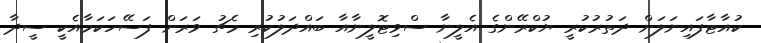
ކުއާޓާފައިނަލަށް ދަތުރުކުރީ ޔުކްރޭންގެ އެލީނާ ސްވިޓޮލީނާއާ ބައްދަލުކުރި މެޗު ވަރަށް ފަސޭހަކަމާއެކީ ސީދާ